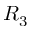
R _ { 3 }